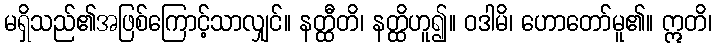
မရှိသည်၏အဖြစ်ကြောင့်သာလျှင်။ နတ္ထီတိ၊ နတ္ထိဟူ၍။ ဝဒါမိ၊ ဟောတော်မူ၏။ ဣတိ၊